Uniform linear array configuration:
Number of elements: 48
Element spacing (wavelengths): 0.75
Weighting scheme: binomial
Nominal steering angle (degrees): -15
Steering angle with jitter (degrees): -16.174
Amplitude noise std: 0.05
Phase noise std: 0.05

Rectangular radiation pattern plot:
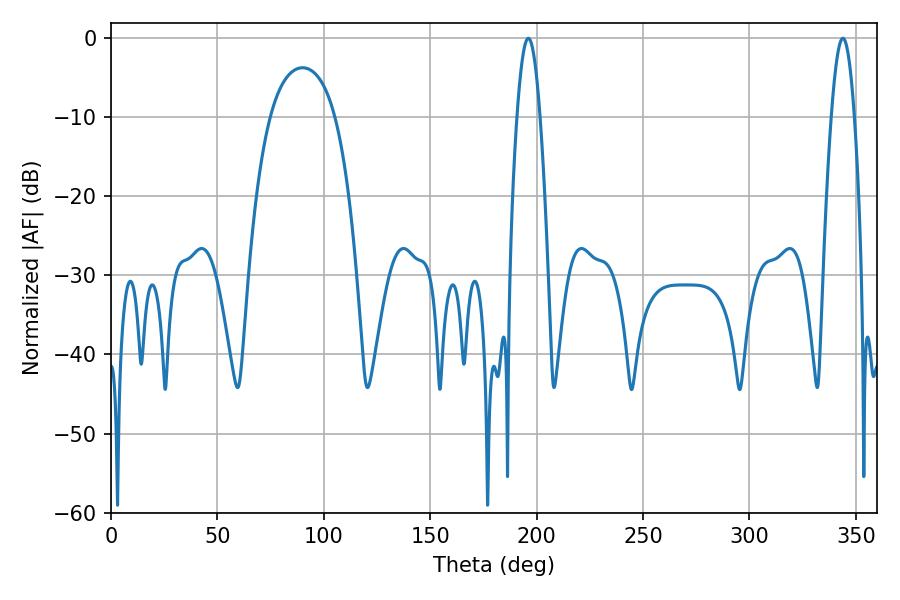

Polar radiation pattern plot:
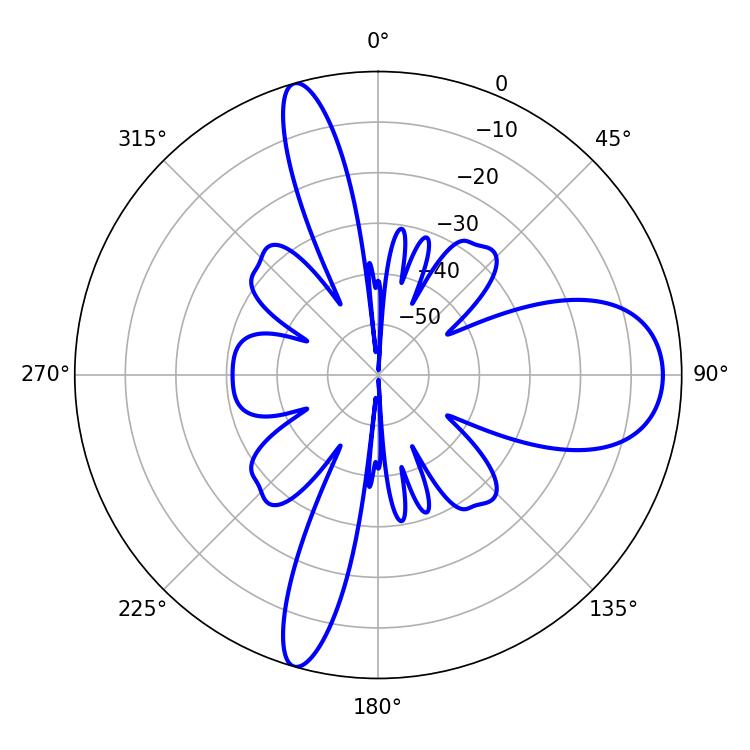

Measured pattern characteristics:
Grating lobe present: TRUE
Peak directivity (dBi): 12.844
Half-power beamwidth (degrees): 5.94
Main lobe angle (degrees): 196.02